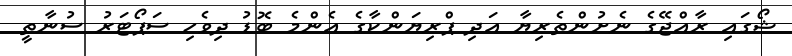
ޝޯގައި ރާއްޖޭގެ ނެށުންތެރިޔާ އަދި ޕްރިޔަންކާގެ އެންމެ ބޮޑު ދިވެހި ސަޕޯޓަރު ސުނާތީ